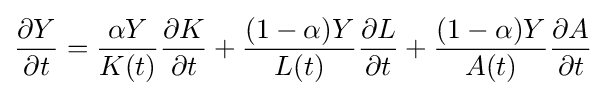
{\frac {\partial Y}{\partial t}}={\frac {{\alpha }Y}{K(t)}}{\frac {\partial K}{\partial t}}+{\frac {(1-{\alpha })Y}{L(t)}}{\frac {\partial L}{\partial t}}+{\frac {(1-{\alpha })Y}{A(t)}}{\frac {\partial A}{\partial t}}